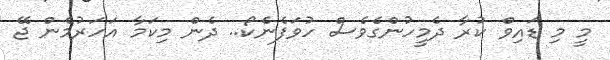
މީ މި ޑައިވް ކުރާ ދެމީހުންގެވެސް ހުވަފެނެކޯ.. ދެން މިކަމާ އަހަރުމެން ޖޭ